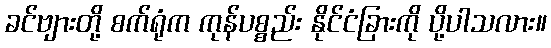
ခင်ဗျားတို့ စက်ရုံက ကုန်ပစ္စည်း နိုင်ငံခြားကို ပို့ပါသလား။